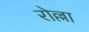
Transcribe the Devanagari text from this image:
रोल्ला